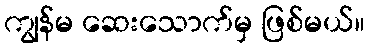
ကျွန်မ ဆေးသောက်မှ ဖြစ်မယ်။